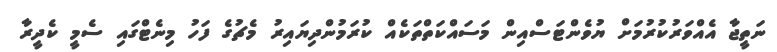
ނަތީޖާ އެއްވަރުކުރުމަށް ޔުވެންޓަސްއިން މަސައްކަތްތަކެއް ކުރަމުންދިޔައިރު މެޗުގެ ފަހު މިނެޓްގައި ސެމީ ކެދީރާ